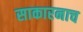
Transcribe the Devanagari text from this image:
साकारनाच